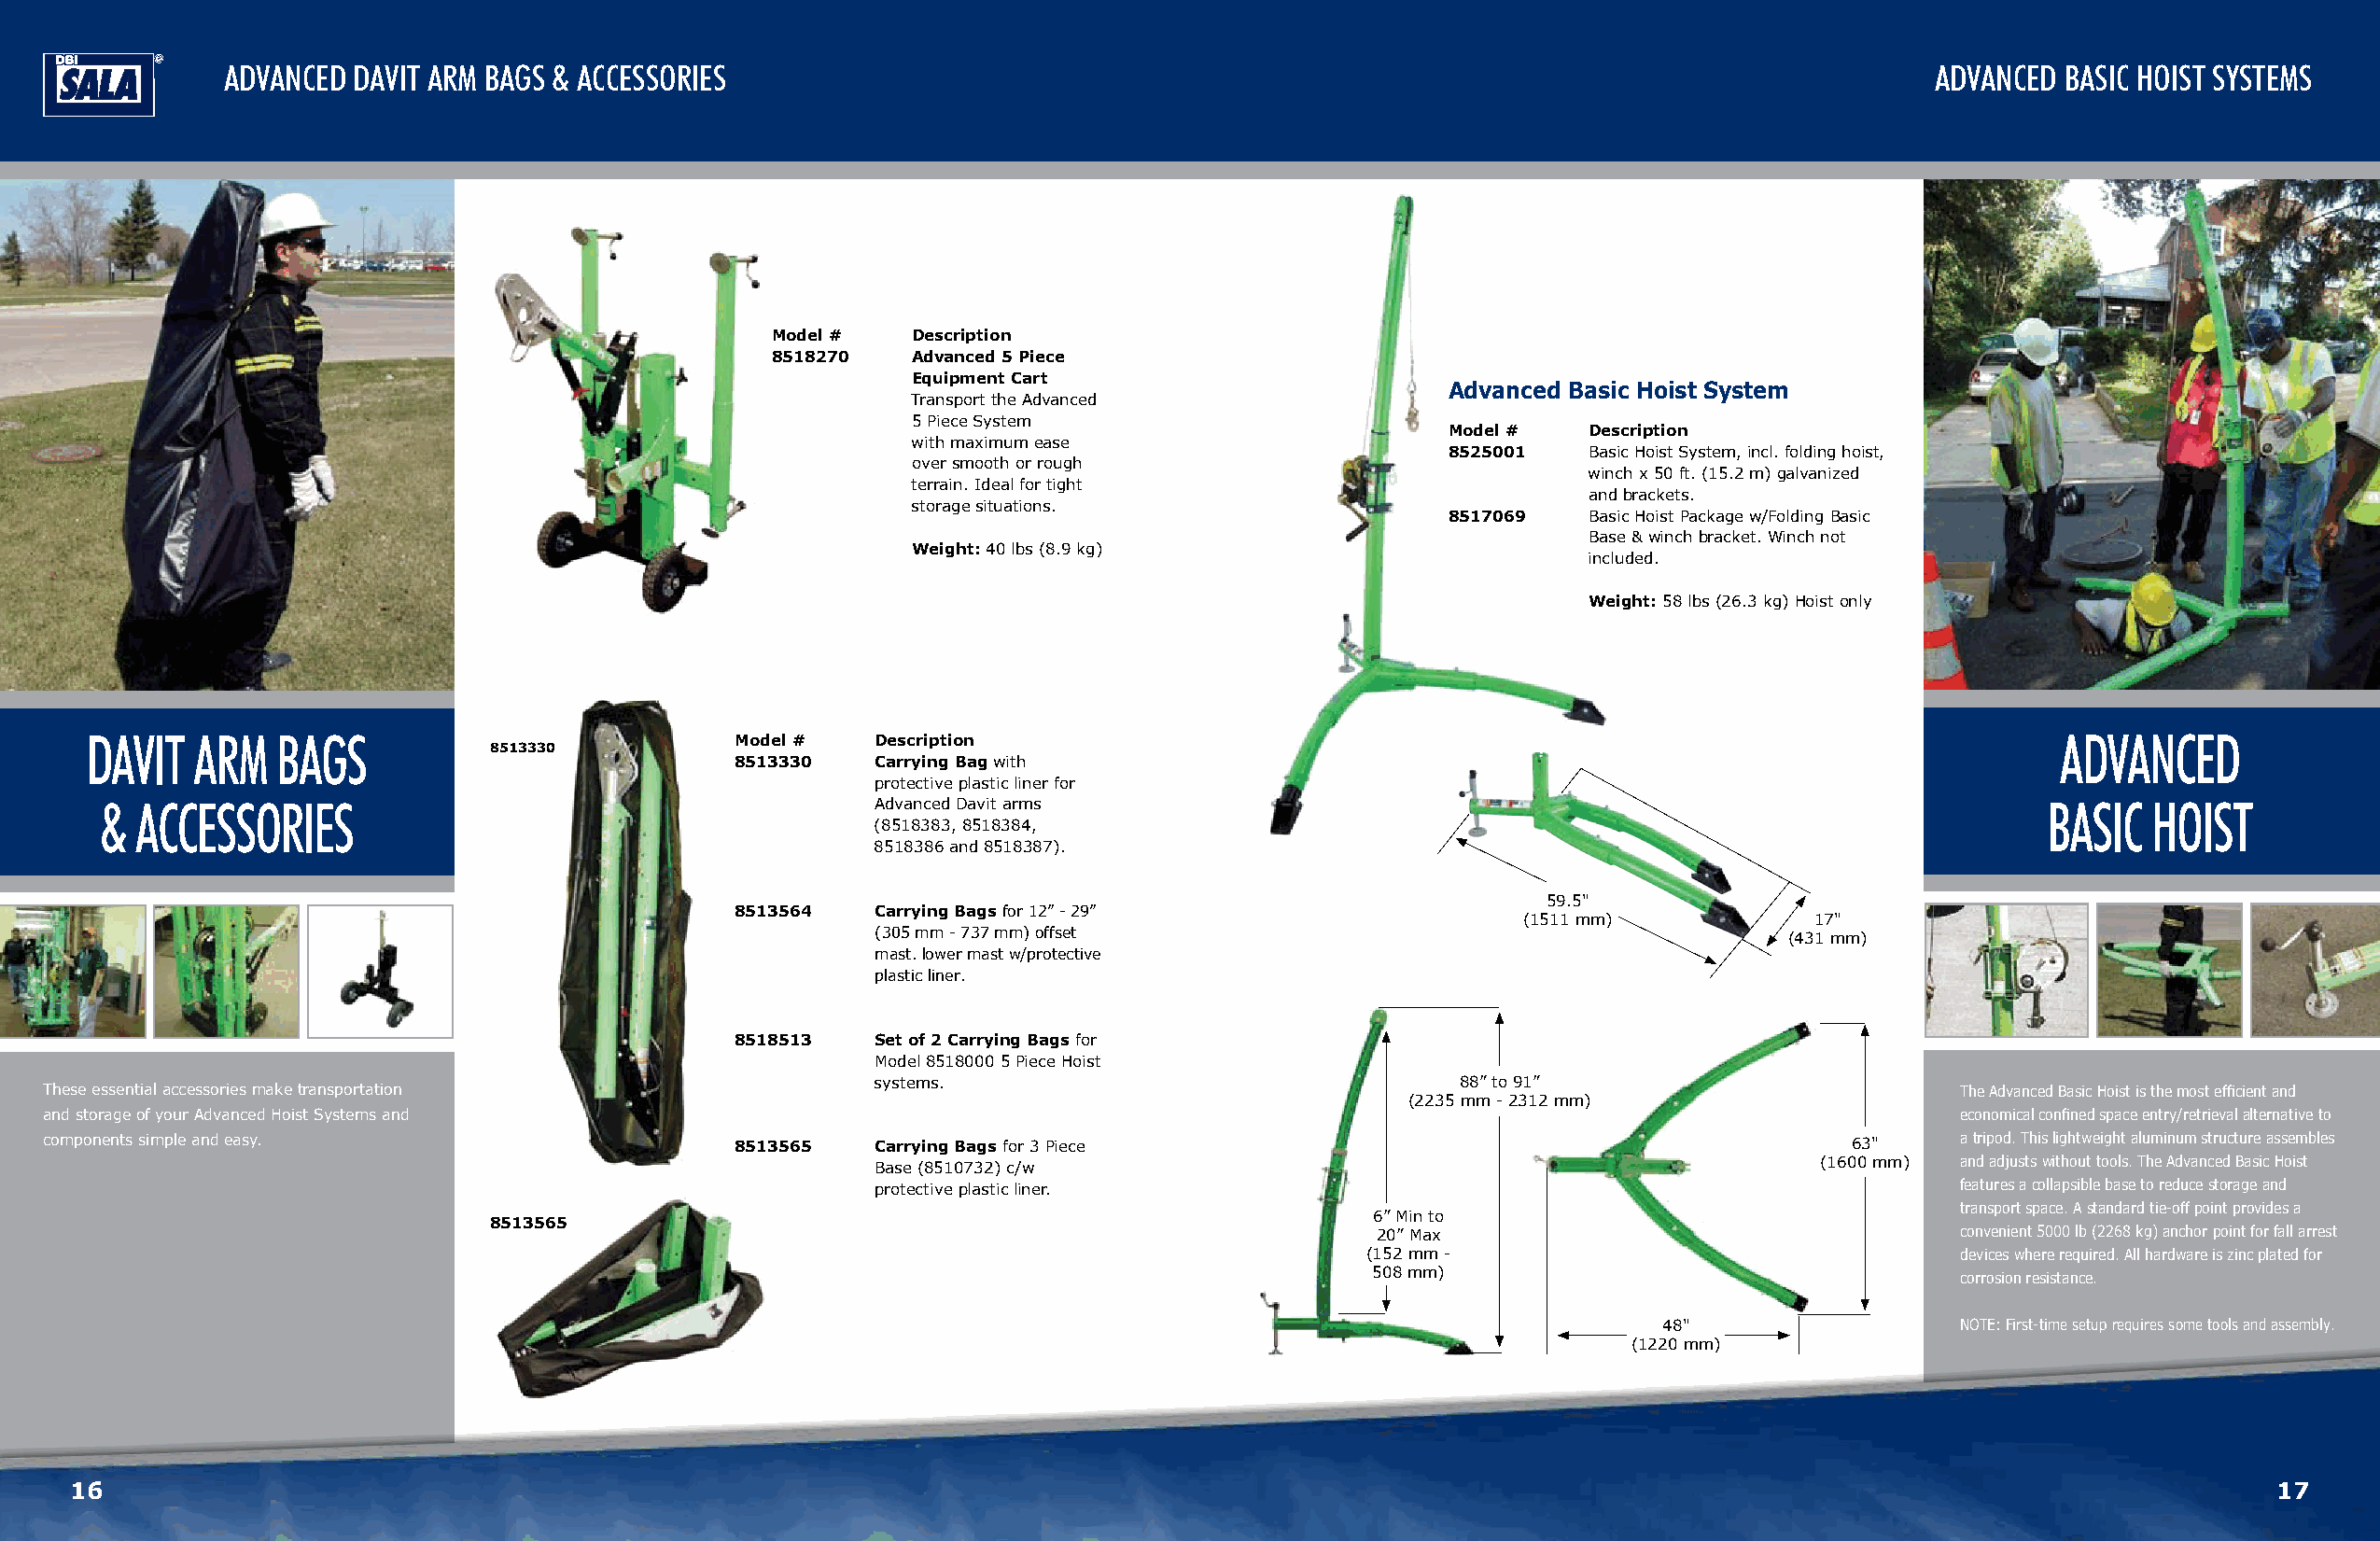
ADVANCED DAVIT ARM BAGS & ACCESSORIES                                                                                    ADVANCED BASIC HOIST SYSTEMS
 Model #   Description
 8518270   Advanced 5 Piece
 Equipment Cart
 Advanced Basic Hoist System
 Transport the Advanced
 5 Piece System
 Model #   Description
 with maximum ease
 8525001   Basic Hoist System, incl. folding hoist,
 over smooth or rough
 winch x 50 ft. (15.2 m) galvanized
 terrain. Ideal for tight
 and brackets.
 storage situations.
 8517069   Basic Hoist Package w/Folding Basic
 Base & winch bracket. Winch not
 Weight: 40 lbs (8.9 kg)
 included.
 Weight: 58 lbs (26.3 kg) Hoist only
 DAVIT   ARM   BAGS                            Model #   Description                                                                         ADVANCED
 8513330
 8513330   Carrying Bag with
 protective plastic liner for
 &  ACCESSORIES                                         Advanced Davit arms                                                                BASIC   HOIST
 (8518383, 8518384,
 8518386 and 8518387).
 59.5"
 8513564   Carrying Bags for 12” - 29”
 (1511 mm)            17"
 (305 mm - 737 mm) offset                                         (431 mm)
 mast. lower mast w/protective
 plastic liner.
 8518513   Set of 2 Carrying Bags for
 Model 8518000 5 Piece Hoist
 systems.                                  88” to 91”
 These essential accessories make transportation                                                                                         The Advanced Basic Hoist is the most efficient and
 (2235 mm - 2312 mm)
 and storage of your Advanced Hoist Systems and                                                                                          economical confined space entry/retrieval alternative to
 components simple and easy.                      8513565   Carrying Bags for 3 Piece                                            63"     a tripod. This lightweight aluminum structure assembles
 (1600 mm) and adjusts without tools. The Advanced Basic Hoist
 Base (8510732) c/w
 protective plastic liner.                                                    features a collapsible base to reduce storage and
 transport space. A standard tie-off point provides a
 6” Min to
 8513565
 20” Max                                  convenient 5000 lb (2268 kg) anchor point for fall arrest
 (152 mm -                                 devices where required. All hardware is zinc plated for
 508 mm)
 corrosion resistance.
 48"                  NOTE: First-time setup requires some tools and assembly.
 (1220 mm)
 16                                                                                                                                                           17